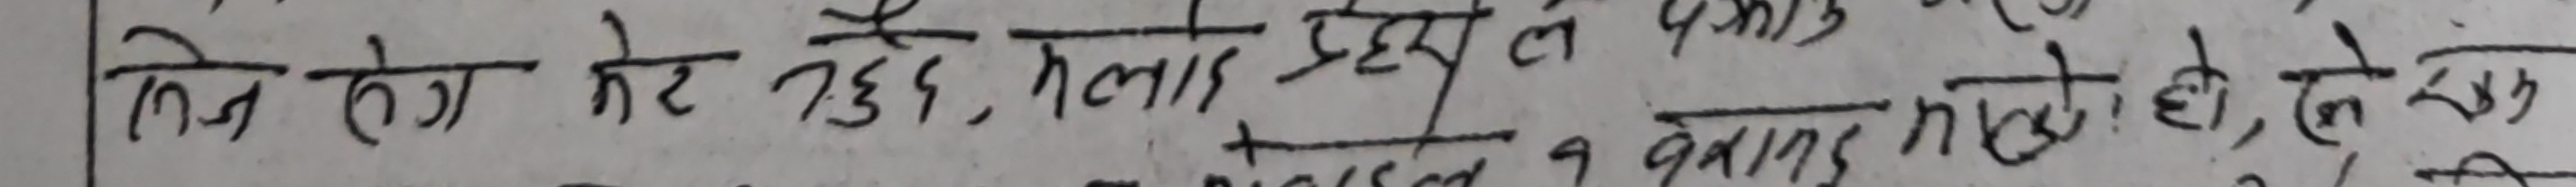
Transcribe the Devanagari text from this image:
निम्न हेते हुई, मलाई प्रदेशले पनि हो,इ,देन,मप
राइज्डल्छ व कारण काइ?